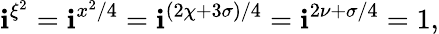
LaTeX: \mathbf{i}^{\xi^{2}}=\mathbf{i}^{x^{2}/4}=\mathbf{i}^{(2\chi+3\sigma)/4}=\mathbf{i}^{2\nu+\sigma/4}=1,